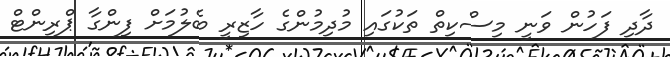
ދާދި ފަހުން ވަނީ މިސްކިތް ތަކުގައި މުދިމުންގެ ހާޒިރީ ބެލުމަށް ފިންގާ ޕްރިންޓް